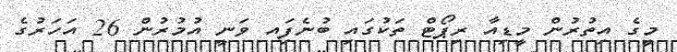
މީގެ އިތުރުން މީޑިއާ ރިޕޯޓް ތަކުގައި ބުނެފަިއ ވަނީ އުމުރުން 26 އަހަރުގެ